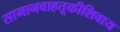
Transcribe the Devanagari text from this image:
सामानवाहतूकीशिवाय